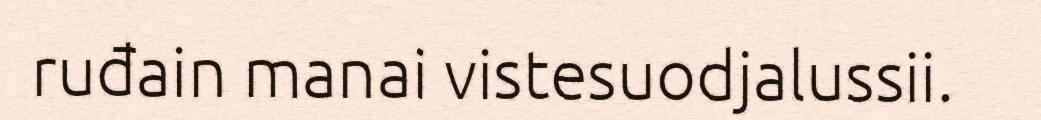
ruđain manai vistesuodjalussii.